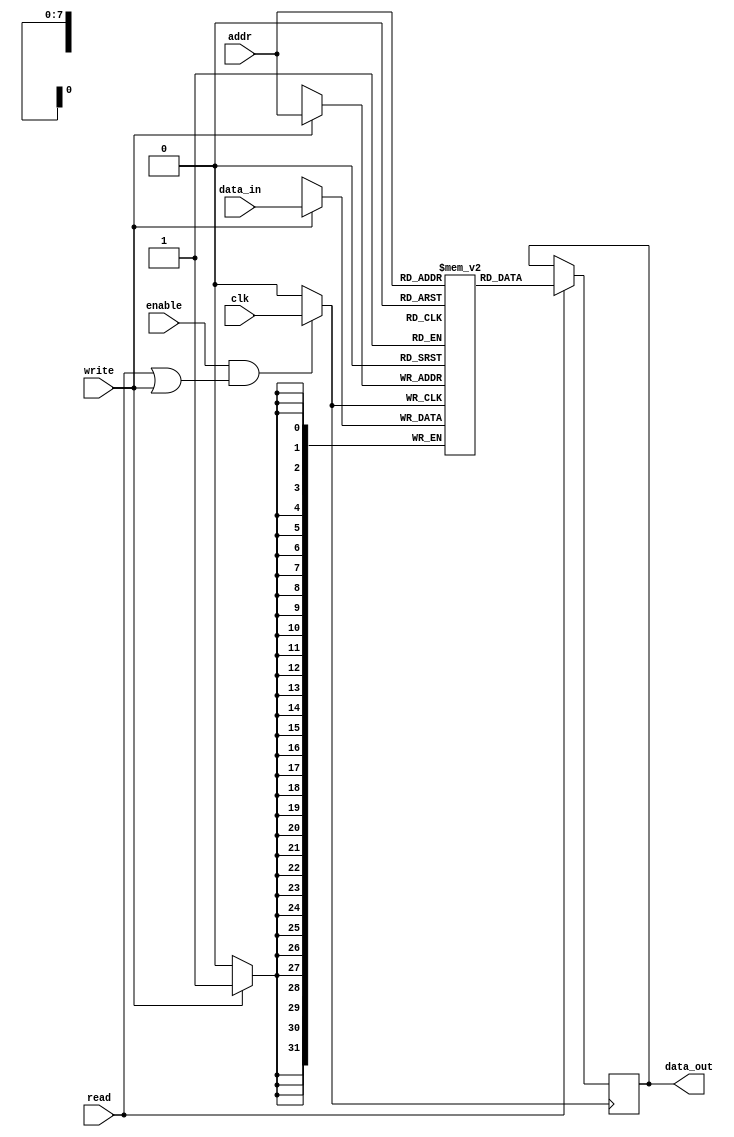
module memory_block (
    input wire clk,          // Primary clock signal
    input wire enable,       // Enable signal for memory block
    input wire read,         // Read operation signal
    input wire write,        // Write operation signal
    input wire [7:0] addr,   // Address for memory access
    input wire [31:0] data_in,// Data input for write operation
    output reg [31:0] data_out // Data output for read operation
);

    // Memory array (for example, 256 x 32 bits)
    reg [31:0] mem_array [0:255];

    // Clock gating logic
    wire gated_clk;
    assign gated_clk = (enable && (read || write)) ? clk : 1'b0;

    // Memory operations
    always @(posedge gated_clk) begin
        if (write) begin
            mem_array[addr] <= data_in; // Write data to memory
        end
        if (read) begin
            data_out <= mem_array[addr]; // Read data from memory
        end
    end

endmodule